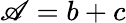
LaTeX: \mathscr{A}=b+c